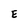
Character: E